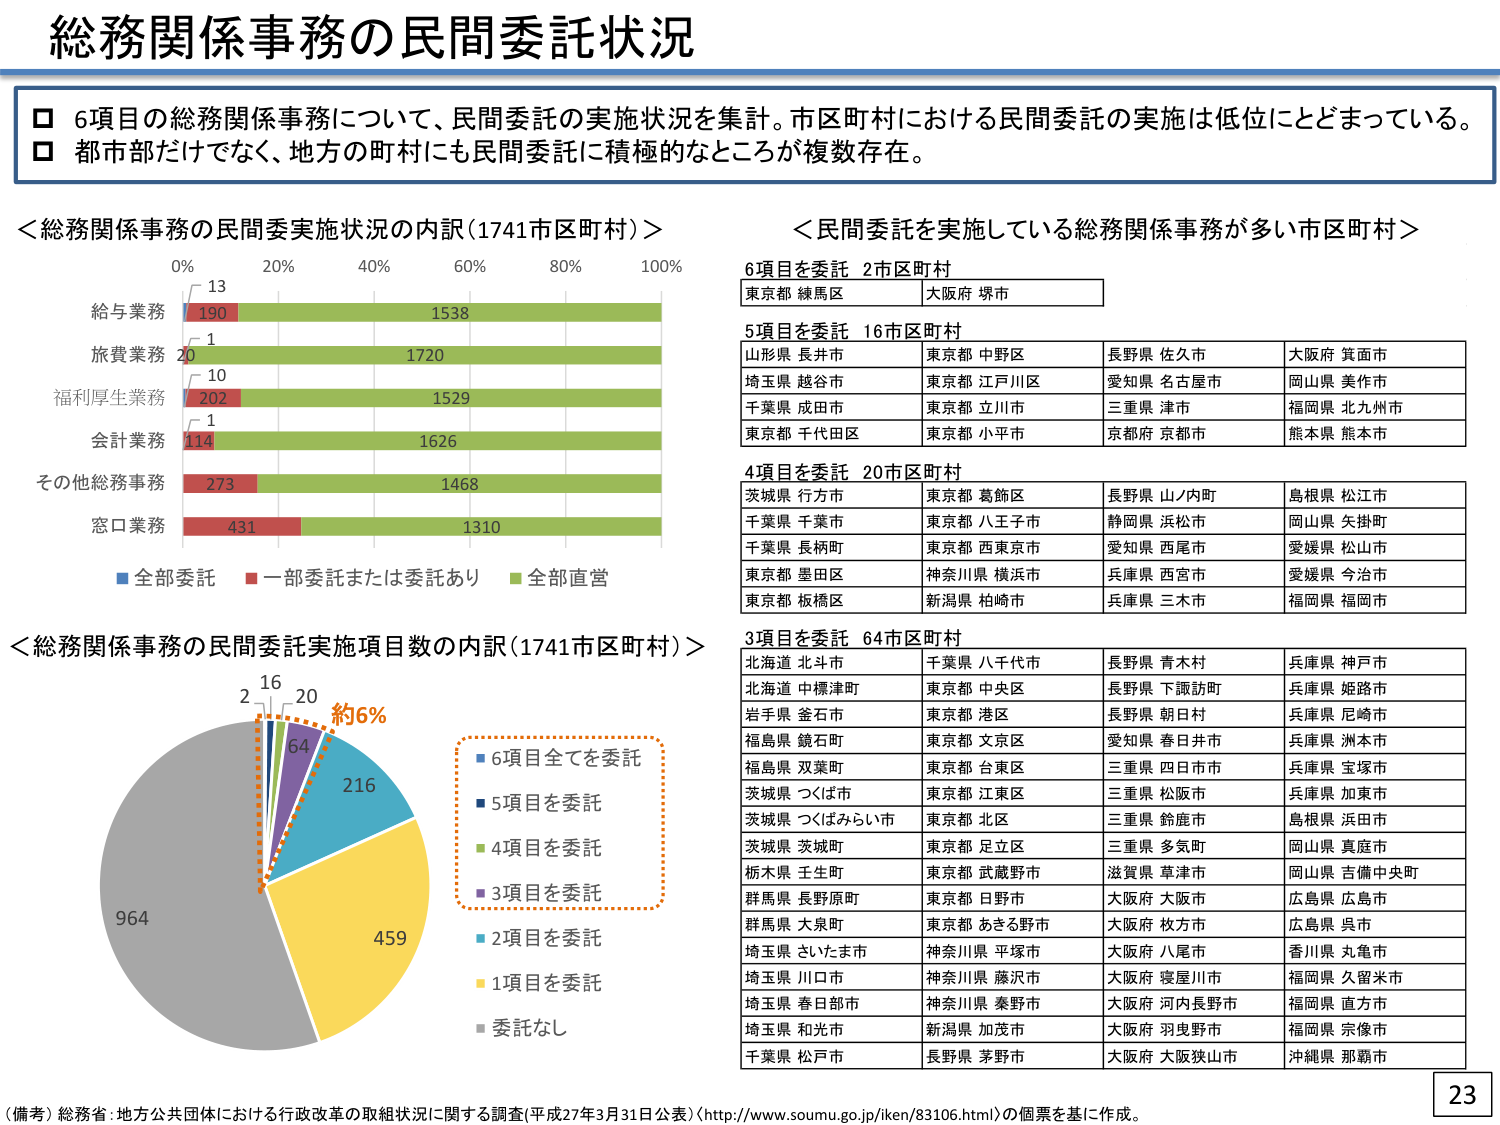
総務関係事務の民間委託状況

□ 6項目の総務関係事務について、民間委託の実施状況を集計。市区町村における民間委託の実施は低位にとどまっている。
□ 都市部だけでなく、地方の町村にも民間委託に積極的なところが複数存在。

＜総務関係事務の民間委実施状況の内訳（1741市区町村）＞
0% 20% 40% 60% 80% 100%
給与業務 13 190 1538
旅費業務 1 1720
福利厚生業務 10 202 1529
会計業務 1 114 1626
その他総務事務 273 1468
窓口業務 431 1310
■全部委託 ■一部委託または委託あり ■全部直営

＜民間委託を実施している総務関係事務が多い市区町村＞
6項目を委託 2市区町村
東京都 練馬区 大阪府 堺市

5項目を委託 16市区町村
山形県 長井市 東京都 中野区 長野県 佐久市 大阪府 箕面市
埼玉県 越谷市 東京都 江戸川区 愛知県 名古屋市 岡山県 美作市
千葉県 成田市 東京都 立川市 三重県 津市 福岡県 北九州市
東京都 千代田区 東京都 小平市 京都府 京都市 熊本県 熊本市

4項目を委託 20市区町村
茨城県 行方市 東京都 葛飾区 長野県 山ノ内町 島根県 松江市
千葉県 千葉市 東京都 八王子市 静岡県 浜松市 岡山県 矢掛町
千葉県 長柄町 東京都 西東京市 愛知県 西尾市 愛媛県 松山市
東京都 墨田区 神奈川県 横浜市 兵庫県 西宮市 愛媛県 今治市
東京都 板橋区 新潟県 柏崎市 兵庫県 三木市 福岡県 福岡市

3項目を委託 64市区町村
北海道 北斗市 千葉県 八千代市 長野県 青木村 兵庫県 神戸市
北海道 中標津町 東京都 中央区 長野県 下諏訪町 兵庫県 姫路市
岩手県 金石市 東京都 港区 長野県 朝日村 兵庫県 尼崎市
福島県 鏡石町 東京都 文京区 愛知県 春日井市 兵庫県 洲本市
福島県 双葉町 東京都 台東区 三重県 四日市市 兵庫県 宝塚市
茨城県 つくば市 東京都 江東区 三重県 松阪市 兵庫県 加東市
茨城県 つくばみらい市 東京都 北区 三重県 鈴鹿市 島根県 浜田市
茨城県 茨城町 東京都 足立区 三重県 多気町 岡山県 真庭市
栃木県 王生町 東京都 武蔵野市 滋賀県 草津市 岡山県 吉備中央町
群馬県 長野原町 東京都 日野市 大阪府 大阪市 広島県 広島市
群馬県 大泉町 東京都 あきる野市 大阪府 枚方市 広島県 呉市
埼玉県 さいたま市 神奈川県 平塚市 大阪府 八尾市 香川県 丸亀市
埼玉県 川口市 神奈川県 藤沢市 大阪府 寝屋川市 福岡県 久留米市
埼玉県 春日部市 神奈川県 秦野市 大阪府 河内長野市 福岡県 直方市
埼玉県 和光市 新潟県 加茂市 大阪府 羽曳野市 福岡県 宗像市
千葉県 松戸市 長野県 茅野市 大阪府 大阪狭山市 沖縄県 那覇市

＜総務関係事務の民間委託実施項目数の内訳（1741市区町村）＞
964 459 216 64 20 16 2
約6%
■6項目全てを委託
■5項目を委託
■4項目を委託
■3項目を委託
■2項目を委託
■1項目を委託
■委託なし

（備考）総務省 地方公共団体における行政改革の取組状況に関する調査（平成27年3月31日公表）（http://www.soumu.go.jp/iken/83106.html）の個票を基に作成。
23